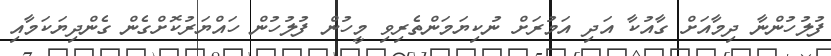
ފުލުހުންނާ ދިމާއަށް ގާއުކާ އަދި އަމުރަށް ނުކިޔަމަންތެރިވި މީހުން ފުލުހުން ހައްޔަރުކޮށްގެން ގެންދިޔަކަމާއި